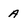
Character: a